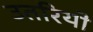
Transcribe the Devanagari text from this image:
उतरियो